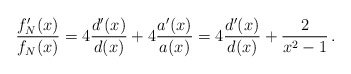
\begin{align*} \frac{f_N'(x)}{f_N(x)}=4\frac{d'(x)}{d(x)}+4\frac{a'(x)}{a(x)}=4\frac{d'(x)}{d(x)}+\frac{2}{x^2-1}\, .\end{align*}